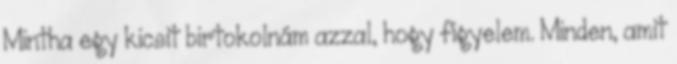
Mintha egy kicsit birtokolnám azzal, hogy figyelem. Minden, amit